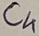
Text: C4